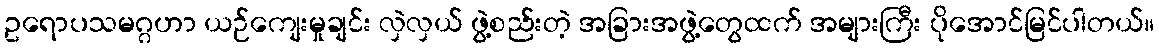
ဥရောပသမဂ္ဂဟာ ယဉ်ကျေးမှုချင်း လှဲလှယ် ဖွဲ့စည်းတဲ့ အခြားအဖွဲ့တွေထက် အများကြီး ပိုအောင်မြင်ပါတယ်။